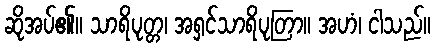
ဆိုအပ်၏။ သာရိပုတ္တ၊ အရှင်သာရိပုတြာ။ အဟံ၊ ငါသည်။